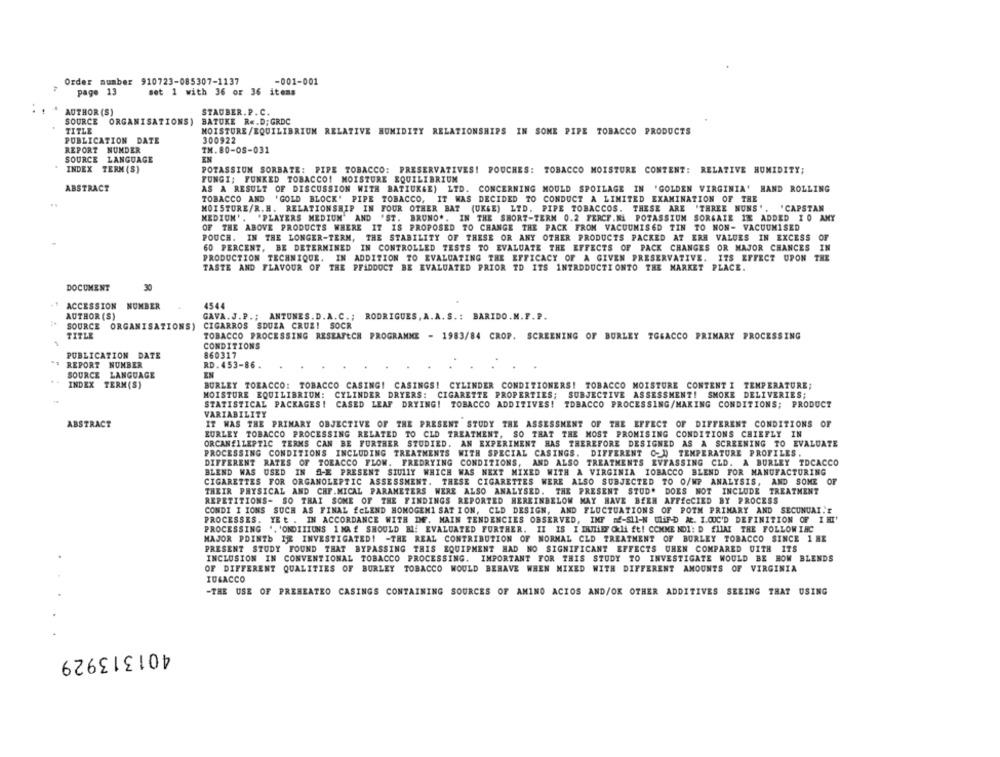
Order number 910723-085307-1137
-001-001
page 13
set 1 with 36 or 36 itens
AUTHOR (S)
STAUBER. P. C.
SOURCE
ORGANISATIONS)
BATUKE R«.D; GRDC
TITLE
MOISTURE/EQUILIBRIUM RELATIVE HUMIDITY RELATIONSHIPS IN SOME PIPE TOBACCO PRODUCTS
PUBLICATION DATE
300922
REPORT NUMDER
IM. 80-08-031
SOURCE LANGUAGE
EN
INDEX TERM (S)
POTASSIUM SORBATE: PIPE TOBACCO: PRESERVATIVES! POUCHES: TOBACCO MOISTURE CONTENT: RELATIVE HUMIDITY;
FUNGI; FUNKED TOBACCO! MOISTURE EQUILIBRIUM
ABSTRACT
AS A RESULT OF DISCUSSION WITH BATIUK&E) LTD. CONCERNING MOULD SPOILAGE IN 'GOLDEN VIRGINIA' HAND ROLLING
TOBACCO AND 'GOLD BLOCK' PIPE TOBACCO, IT WAS DECIDED TO CONDUCT A LIMITED EXAMINATION OF THE
MOISTURE/R.H. RELATIONSHIP IN FOUR OTHER BAT (UKGE) LTD. PIPE TOBACCOS. THESE ARE 'THREE NUNS', 'CAPSTAN
MEDIUM'. "PLAYERS MEDIUM' AND 'ST. BRUNO .. IN THE SHORT-TERM 0.2 FERCF.N. POTASSIUM SORGAIE 17 ADDED I O AMY
OF THE ABOVE PRODUCTS WHERE IT IS PROPOSED TO CHANGE THE PACK FROM VACUUMISED TIN TO NON- VACUUMISED
POUCH. IN THE LONGER-TERM, THE STABILITY OF THESE OR ANY OTHER PRODUCTS PACKED AT ERA VALUES IN EXCESS OF
60 PERCENT, BE DETERMINED IN CONTROLLED TESTS TO EVALUATE THE EFFECTS OF PACK CHANGES OR MAJOR CHANCES IN
PRODUCTION TECHNIQUE. IN ADDITION TO EVALUATING THE EFFICACY OF A GIVEN PRESERVATIVE. ITS EFFECT UPON THE
TASTE AND FLAVOUR OF THE PFADDOCT BE EVALUATED PRIOR TO ITS INTRODUCTIONTO THE MARKET PLACE.
DOCUMENT
30
ACCESSION NUMBER
4544
AUTHOR (S)
GAVA.J.P .; ANTUNES.D.A.C .; RODRIGUES, A.A. S .: BARIDO.M.F.P.
SOURCE ORGANISATIONS)
CIGARROS SOUZA CRUZI SOCR
TITLE
TOBACCO PROCESSING RESEAFECH PROGRAMME - 1983/84 CROP. SCREENING OF BURLEY TGSACCO PRIMARY PROCESSING
CONDITIONS
PUBLICATION DATE
860317
REPORT NUMBER
RD. 453-86 .
....
SOURCE LANGUAGE
IN
INDEX TERM(S)
BURLEY TORACCO: TOBACCO CASING! CASINGS! CYLINDER CONDITIONERS! TOBACCO MOISTURE CONTENT I TEMPERATURE;
MOISTURE EQUILIBRIUM: CYLINDER DRYERS: CIGARETTE PROPERTIES; SUBJECTIVE ASSESSMENT! SMOKE DELIVERIES;
STATISTICAL PACKAGES! CASED LEAF DRYING! TOBACCO ADDITIVES! TOBACCO PROCESSING/MAKING CONDITIONS; PRODUCT
VARIABILITY
ABSTRACT
IT WAS THE PRIMARY OBJECTIVE OF THE PRESENT STUDY THE ASSESSMENT OF THE EFFECT OF DIFFERENT CONDITIONS OF
EURLEY TOBACCO PROCESSING RELATED TO CLD TREATMENT, SO THAT THE MOST PROMISING CONDITIONS CHIEFLY IN
ORCANELLEPTIC TERMS CAN BE FURTHER STUDIED. AN EXPERIMENT HAS THEREFORE DESIGNED AS A SCREENING TO EVALUATE
PROCESSING CONDITIONS INCLUDING TREATMENTS WITH SPECIAL CASINGS. DIFFERENT C- D) TEMPERATURE PROFILES.
DIFFERENT RATES OF TORACCO FLOW. FREDRYING CONDITIONS, AND ALSO TREATMENTS EVEASSING CLD. A BURLEY TDCACCO
BLEND WAS USED IN A-E PRESENT SIULIY WHICH WAS NEXT MIXED WITH A VIRGINIA TOBACCO BLEND FOR MANUFACTURING
CIGARETTES FOR ORGANOLEPTIC ASSESSMENT. THESE CIGARETTES WERE ALSO SUBJECTED TO O/WP ANALYSIS, AND SOME OF
THEIR PHYSICAL AND CHF.MICAL PARAMETERS WERE ALSO ANALYSED. THE PRESENT STUD. DOES NOT INCLUDE TREATMENT
REPETITIONS- SO THAT SOME OF THE FINDINGS REPORTED HEREINBELOW MAY HAVE BEEN AFFECCIED BY PROCESS
CONDI I IONS SUCH AS FINAL £CLEND HOMOGEMI SAT ION, CLD DESIGN, AND FLUCTUATIONS OF POTH PRIMARY AND SECUNUAI !!
PROCESSES. YEt . IN ACCORDANCE WITH DE. MAIN TENDENCIES OBSERVED, IMF nf-511-N ULAF-D At. I.OUC'D DEFINITION OF IHI'
PROCESSING .. 'ONDIIIUNS 1 MA £ SHOULD BE EVALUATED FURTHER. II IS I INITIDE Ckli ft! COMME NO1: D £11AT THE FOLLOW INC
MAJOR POINTb NE INVESTIGATED! - THE REAL CONTRIBUTION OF NORMAL CLD TREATMENT OF BURLEY TOBACCO SINCE 1 HE
PRESENT STUDY FOUND THAT BYPASSING THIS EQUIPMENT HAD NO SIGNIFICANT EFFECTS WHEN COMPARED WITH ITS
INCLUSION IN CONVENTIONAL TOBACCO PROCESSING. IMPORTANT FOR THIS STUDY TO INVESTIGATE WOULD BE HOW BLENDS
OF DIFFERENT QUALITIES OF BURLEY TOBACCO WOULD BEHAVE WHEN MIXED WITH DIFFERENT AMOUNTS OF VIRGINIA
IUGACCO
-THE USE OF PREHEATEO CASINGS CONTAINING SOURCES OF AMINO ACIOS AND/OR OTHER ADDITIVES SEEING THAT USING
401313929